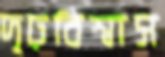
দৃঢ়বিশ্বাস